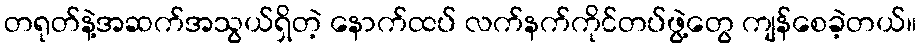
တရုတ်နဲ့အဆက်အသွယ်ရှိတဲ့ နောက်ထပ် လက်နက်ကိုင်တပ်ဖွဲ့တွေ ကျန်စေခဲ့တယ်။